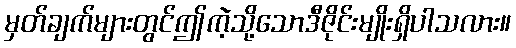
မှတ်ချက်များတွင်ဤကဲ့သို့သောဒီဇိုင်းမျိုးရှိပါသလား။